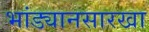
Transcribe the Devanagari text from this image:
भांड्यानसारखा